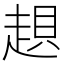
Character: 𧼀